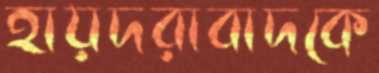
হায়দরাবাদকে